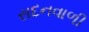
સદનવાળી